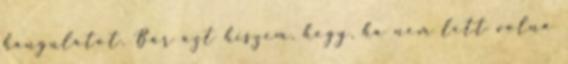
hangulatot. Bár azt hiszem, hogy, ha nem lett volna